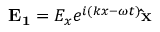
\mathbf { E _ { 1 } } = E _ { x } e ^ { i ( k x - \omega t ) } \mathbf { \hat { x } }